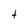
Character: t